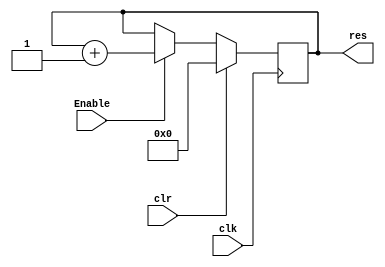
`timescale 1ns / 1ps

module Counter(Enable, clk, clr, res);
    parameter WIDTH = 32;
    input Enable,clk,clr;
    output reg [WIDTH-1:0] res;
    
    initial begin
        res = 0;
    end
    
    always @(posedge clk) begin
        if(clr) res=0;
        else if(Enable) res=res+1;
    end
endmodule